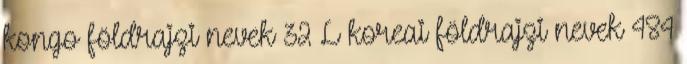
kongo földrajzi nevek‎ 32 L koreai földrajzi nevek‎ 484